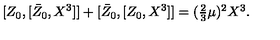
{ } [ Z _ { 0 } , [ \bar { Z } _ { 0 } , X ^ { 3 } ] ] + [ \bar { Z } _ { 0 } , [ Z _ { 0 } , X ^ { 3 } ] ] = ( \textstyle { \frac { 2 } { 3 } } \mu ) ^ { 2 } X ^ { 3 } .